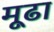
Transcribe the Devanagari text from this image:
मूढा